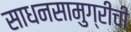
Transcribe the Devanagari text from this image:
साधनसामुग्रीची